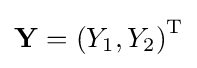
\mathbf {Y} =\left(Y_{1},Y_{2}\right)^{\rm {T}}